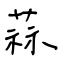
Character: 蒜